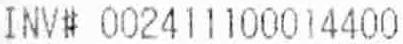
INV# 002411100014400